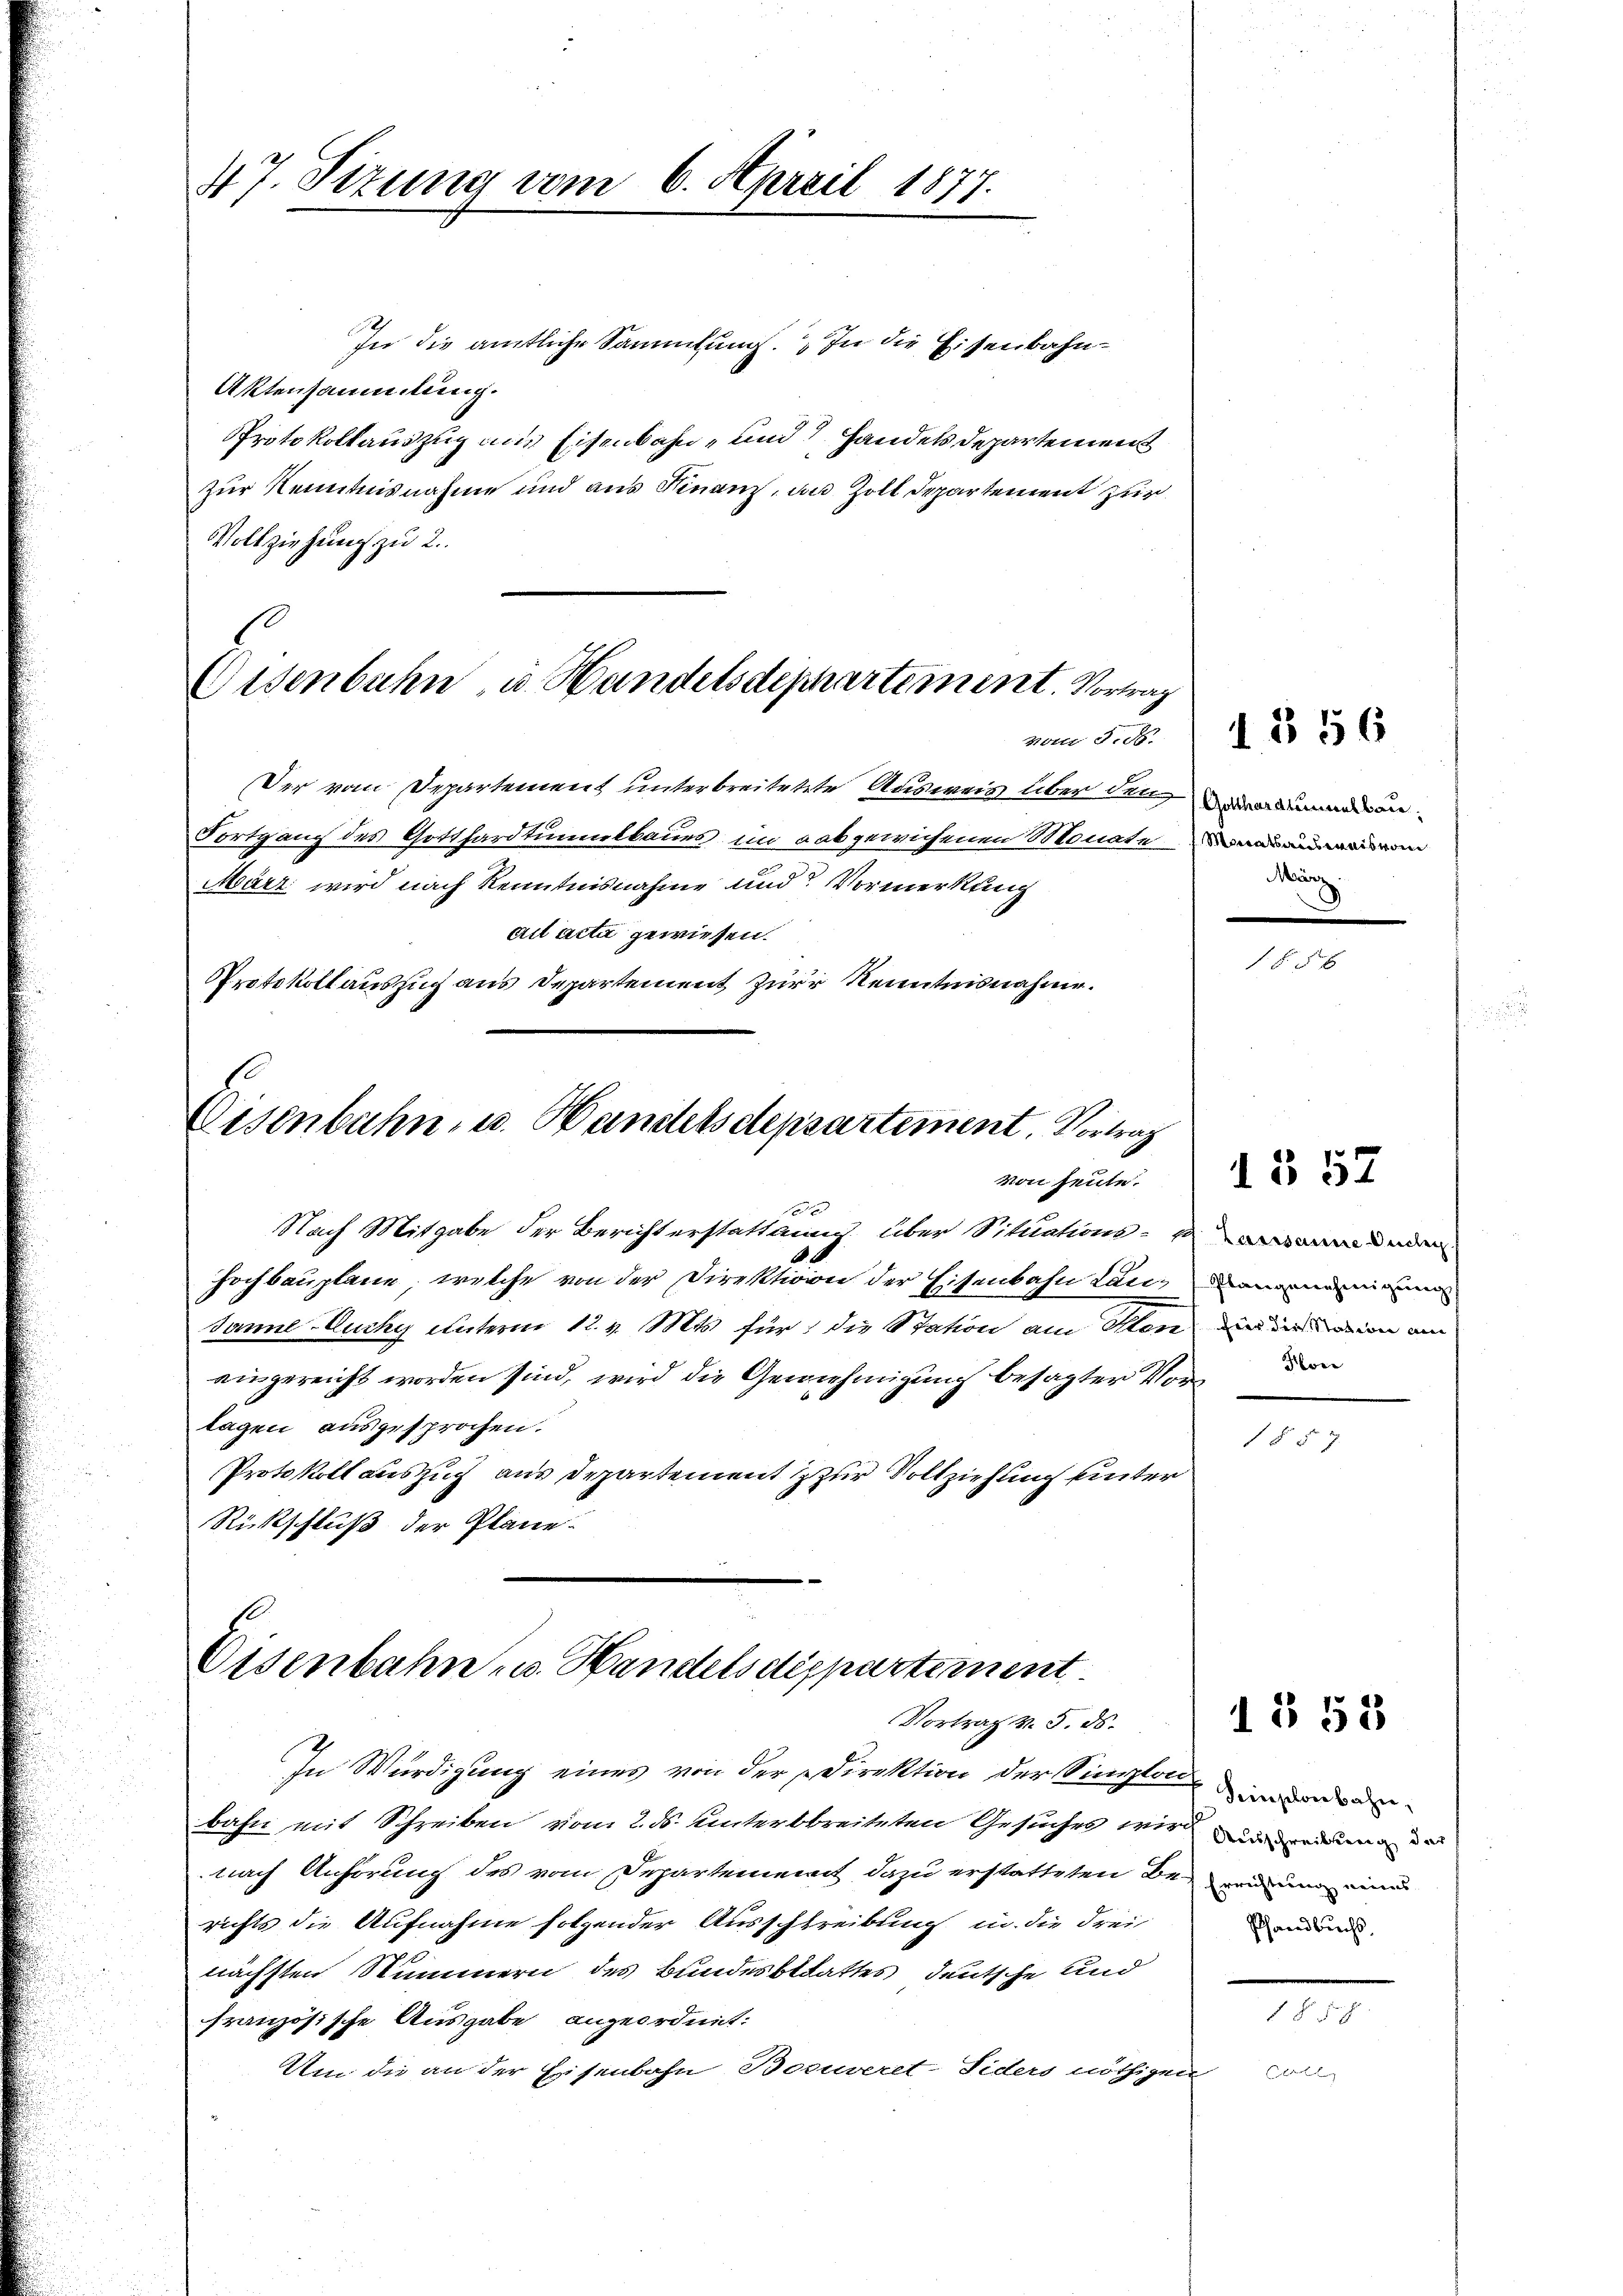
47. Sizung vom 6. April 1877.

In die amtliche Sammlung. In die Eisenbahn¬
Aktensammlung.
Protokollauszug aus Eisenbahn- und Handels Departement
zur Kenntnisnahme und aus Finanz, an Zoll Departement zur
Vollziehung zu 2.

Eisenbahn, u. Handelsdepartement. Vortrag

Zorii d. d.
Der vom Departement unterbreitetete Ausweis über denen
Fortgang des Gotthardtumulbaues im abgewichenen Monate aus an einen
März wird nach Kenntnisnahme und Vormerkung
ail acta gewiesen.
Protokoll auszug aus Departement zur Kenntnisnahme.

Eisenbahn- u. Handelsdepsartement, Vortrag
von heute.
e

Nach Mitgabe der Berichterstattung über Situations- denen
Hochbauplane, welche von der Direktion der Eisenbahn Landammann ein
Janne Euchy unterm 12. v. Mts. für die Station am Senn in ein am
augereicht worden sind, wird die Genehmigung besagter Vor den
lagen ausgesprochen.
Protokoll auszug aus Departement & zur Vollziehung unter
Rückschluß der Pläne.

Eisenbahn u. Handelsdeppartement.
Vortrag v. 5. ds.

In Würdigung eines von der Direktion der Sington, und d
bahn mit Schreiben vom 2. ds. unterbreiteten Gesuches wir anderung de
nach Anhörung des vom Departement dazu erstatteten Be- und und eine
richts die Aufnahme folgender Ausschreibung in die Frei
nächsten Nummern des Bundesblattes deutsche und
französische Ausgabe angeordnet:
Um die an der Eisenbahn Bosuveret-Siders nöthigen

Munz

Coler

1 § 56

1 § 57

§ 57

1 § 58

Pfandbuchs.